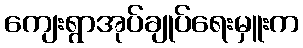
ကျေးရွာအုပ်ချုပ်ရေးမှူးက